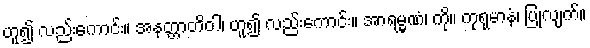
ဟူ၍ လည်းကောင်း။ အနတ္တာတိဝါ၊ ဟူ၍ လည်းကောင်း။ အာရမ္မဏံ၊ ကို။ ကုရုမာနံ၊ ပြုလျက်။